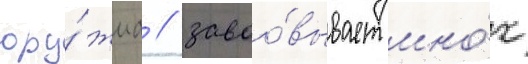
ору́жиа / завоо́вывает мно́жество